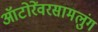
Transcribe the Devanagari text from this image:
ऑटोरेंवरसामलुंग